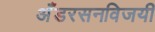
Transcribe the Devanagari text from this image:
अँडरसनविजयी